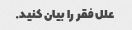
علل فقر را بیان کنید.